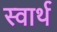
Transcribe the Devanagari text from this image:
स्‍वार्थ